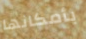
بأمكانها